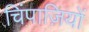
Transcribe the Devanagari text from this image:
चिंपाज़ियों